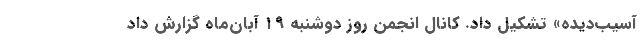
آسیب‌دیده»‌ تشکیل داد. کانال انجمن روز دوشنبه ۱۹ آبان‌ماه گزارش داد